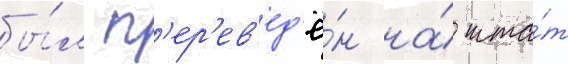
бы́л п'ер'ев'ед'ё́н на́ шта́т